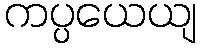
ကပ္ပယေယျ